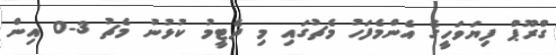
ގްރޫޕް ފިޔަވަހީގެ އެންމެފަހު މެޗުގައި މި ދެޓީމު ކުޅުނު މެޗު 3-0 އިން